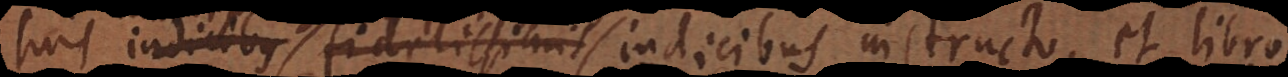
s ac fidelissimis indicibus instructo, et libro